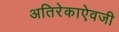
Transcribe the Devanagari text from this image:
अतिरेकाऐवजी